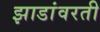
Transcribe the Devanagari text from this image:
झाडांवरती